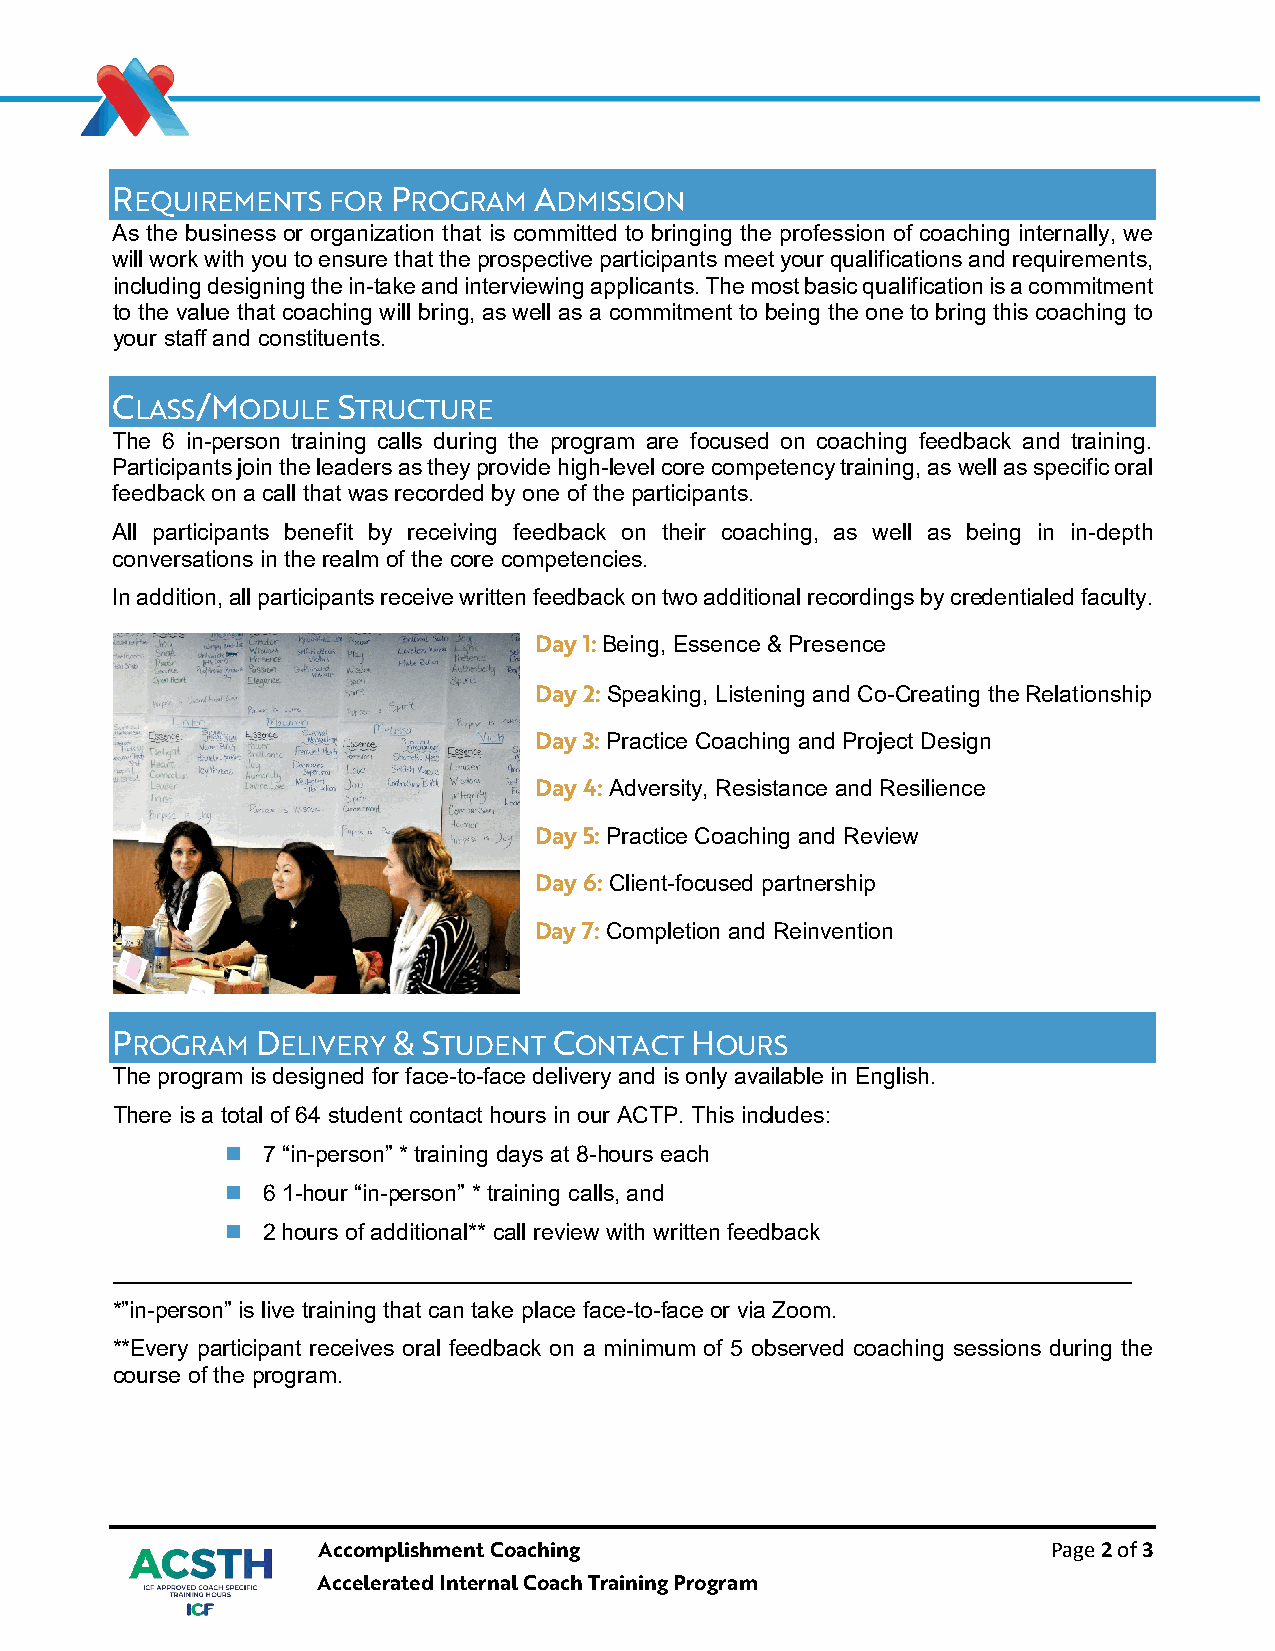
REQUIREMENTS   FOR PROGRAM  ADMISSION
 As the business or organization that is committed to bringing the profession of coaching internally, we
 will work with you to ensure that the prospective participants meet your qualifications and requirements,
 including designing the in-take and interviewing applicants. The most basic qualification is a commitment
 to the value that coaching will bring, as well as a commitment to being the one to bring this coaching to
 your staff and constituents.
 CLASS/MODULE   STRUCTURE
 The 6 in-person training calls during the program are focused on coaching feedback and training.
 Participants join the leaders as they provide high-level core competency training, as well as specific oral
 feedback on a call that was recorded by one of the participants.
 All participants benefit by receiving feedback on their coaching, as well as being in in-depth
 conversations in the realm of the core competencies.
 In addition, all participants receive written feedback on two additional recordings by credentialed faculty.
 Day 1: Being, Essence & Presence
 Day 2: Speaking, Listening and Co-Creating the Relationship
 Day 3: Practice Coaching and Project Design
 Day 4: Adversity, Resistance and Resilience
 Day 5: Practice Coaching and Review
 Day 6: Client-focused partnership
 Day 7: Completion and Reinvention
 PROGRAM   DELIVERY & STUDENT  CONTACT  HOURS
 The program is designed for face-to-face delivery and is only available in English.
 There is a total of 64 student contact hours in our ACTP. This includes:
  7 “in-person” * training days at 8-hours each
  6 1-hour “in-person” * training calls, and
  2 hours of additional** call review with written feedback
 ________________________________________________________________________________
 *”in-person” is live training that can take place face-to-face or via Zoom.
 **Every participant receives oral feedback on a minimum of 5 observed coaching sessions during the
 course of the program.
 Accomplishment Coaching                          Page 2 of 3
 Accelerated Internal Coach Training Program